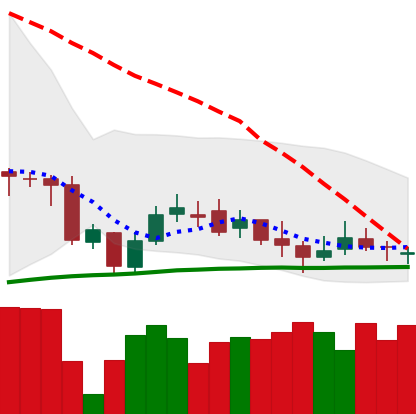
Ticker: DOGE-USD
Chart end date: 2020-10-07
Forward return: 3.006%
Label: up_3_5